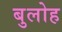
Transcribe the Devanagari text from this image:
बुलोह